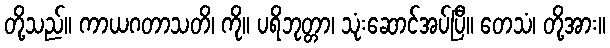
တို့သည်။ ကာယဂတာသတိ၊ ကို။ ပရိဘုတ္တာ၊ သုံးဆောင်အပ်ပြီ။ တေသံ၊ တို့အား။